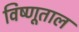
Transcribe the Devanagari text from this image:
विष्णूताल